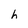
Character: h